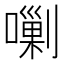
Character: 𱕄